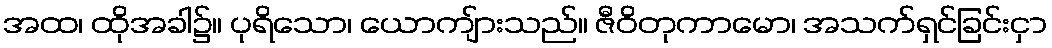
အထ၊ ထိုအခါ၌။ ပုရိသော၊ ယောကျ်ားသည်။ ဇီဝိတုကာမော၊ အသက်ရှင်ခြင်းငှာ